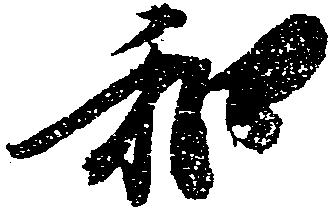
和